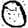
Digit: 0